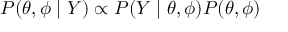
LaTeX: P ( \theta , \phi \mid Y ) \propto P ( Y \mid \theta , \phi ) P ( \theta , \phi )